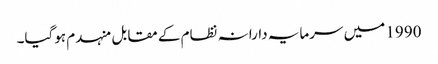
1990 میں سرمایہ دارانہ نظام کے مقابل منہدم ہوگیا۔